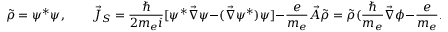
\tilde { \rho } = \psi ^ { * } \psi , \qquad \vec { J } _ { S } = \frac { \hbar } { 2 m _ { e } i } [ \psi ^ { * } \vec { \nabla } \psi - ( \vec { \nabla } \psi ^ { * } ) \psi ] - \frac { e } { m _ { e } } \vec { A } \tilde { \rho } = \tilde { \rho } ( \frac { \hbar } { m _ { e } } \vec { \nabla } \phi - \frac { e } { m _ { e } } \vec { A } ) .